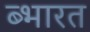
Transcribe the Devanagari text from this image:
ब्भारत